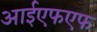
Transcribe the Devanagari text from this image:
आईएफएफ